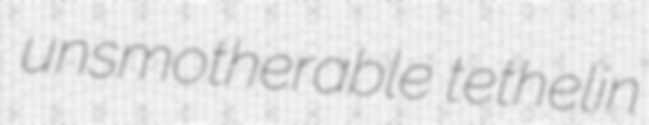
unsmotherable tethelin